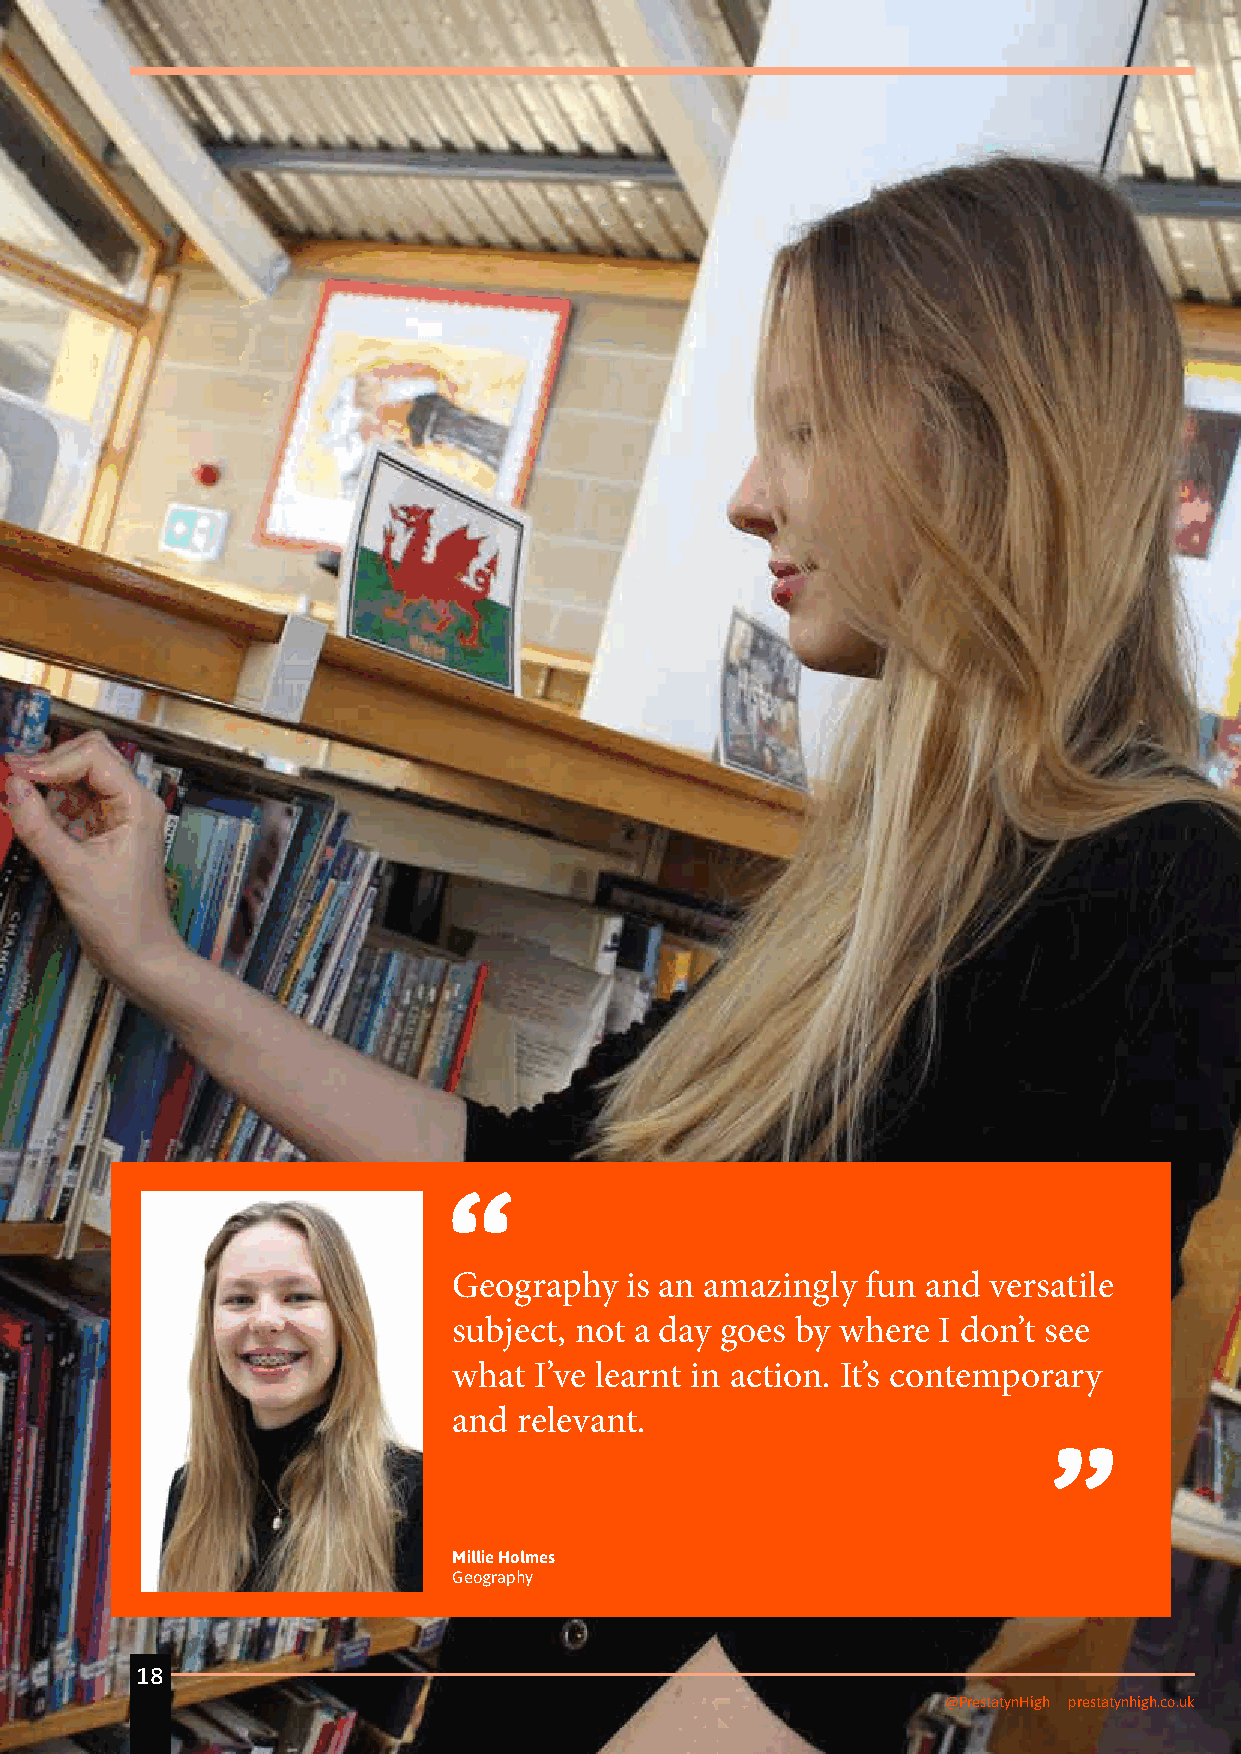
Geography  is an amazingly fun and versatile
 subject, not a day goes by where I don’t see
 what I’ve learnt in action. It’s contemporary
 and relevant.
 Millie Holmes
 Geography
 18
 @PrestatynHigh prestatynhigh.co.uk